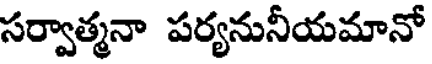
సర్వాత్మనా పర్యనునీయమానో